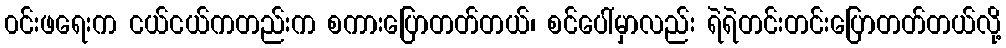
၀င်းဖရေးက ငယ်ငယ်ကတည်းက စကားပြောတတ်တယ်၊ စင်ပေါ်မှာလည်း ရဲရဲတင်းတင်းပြောတတ်တယ်လို့